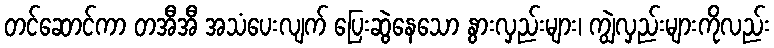
တင်ဆောင်ကာ တအီအီ အသံပေးလျက် ပြေးဆွဲနေသော နွားလှည်းများ၊ ကျွဲလှည်းများကိုလည်း